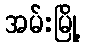
အမ်းမြို့